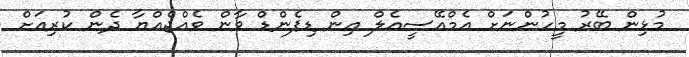
މުޅިން ބޭރު މީހުންނަށް އެމްއޭސީއެލް އިން ޑިޕެންޑް ވާން ވެއްޖެއްޔާ ދެން ކުރިއަށް